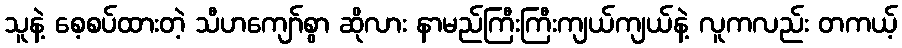
သူနဲ့ စေ့စပ်ထားတဲ့ သီဟကျော်စွာ ဆိုလား နာမည်ကြီးကြီးကျယ်ကျယ်နဲ့ လူကလည်း တကယ့်